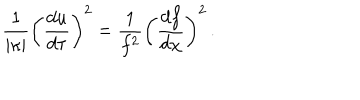
{ \frac { 1 } { \vert \kappa \vert } } \left( { \frac { d u } { d \tau } } \right) ^ { 2 } = { \frac { 1 } { f ^ { 2 } } } \left( { \frac { d f } { d \chi } } \right) ^ { 2 } \, .